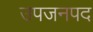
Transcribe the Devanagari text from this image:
उपजनपद